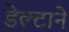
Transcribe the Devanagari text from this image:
डेल्टाने